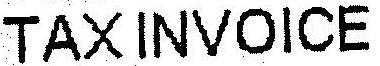
TAXINVOICE